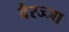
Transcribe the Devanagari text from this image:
वैरज्जा